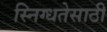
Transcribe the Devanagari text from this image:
स्निग्धतेसाठी